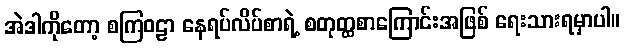
အဲဒါကိုတော့ စကြဝဠာ နေရပ်လိပ်စာရဲ့ စတုတ္ထစာကြောင်းအဖြစ် ရေးသားရမှာပါ။